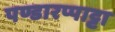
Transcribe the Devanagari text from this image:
पण्डारप्पाट्टा